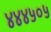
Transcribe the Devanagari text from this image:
४४४५०५